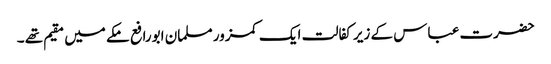
حضرت عباس کے زیر کفالت ایک کمزور مسلمان ابورافع مکے میں مقیم تھے ۔